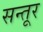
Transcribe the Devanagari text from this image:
सन्तूर